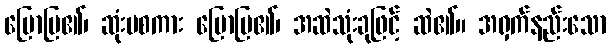
ပြောပြ၏၊ ဆုံးမစကား ပြောပြ၏၊ အဆဲသုံးခုဖြင့် ဆဲ၏။ အရှက်နည်းသော